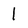
Character: 1